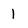
Character: 1